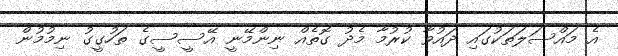
އެ މައްސަލަތަކުގައި ދައުވާ ކުރުމާ މެދު ގޮތެއް ނިންމޭނީ އޭސީސީގެ ތަހުގީގު ނިމުމުން